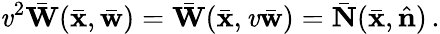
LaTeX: \mathit{v}^{2}\bar{{\mathbf{W}}}(\bar{{\mathbf{x}}},\bar{{\mathbf{w}}})=\bar{{\mathbf{W}}}(\bar{{\mathbf{x}}},\mathit{v}\bar{{\mathbf{w}}})=\bar{{\mathbf{N}}}(\bar{{\mathbf{x}}},\hat{{\mathbf{n}}})\, .